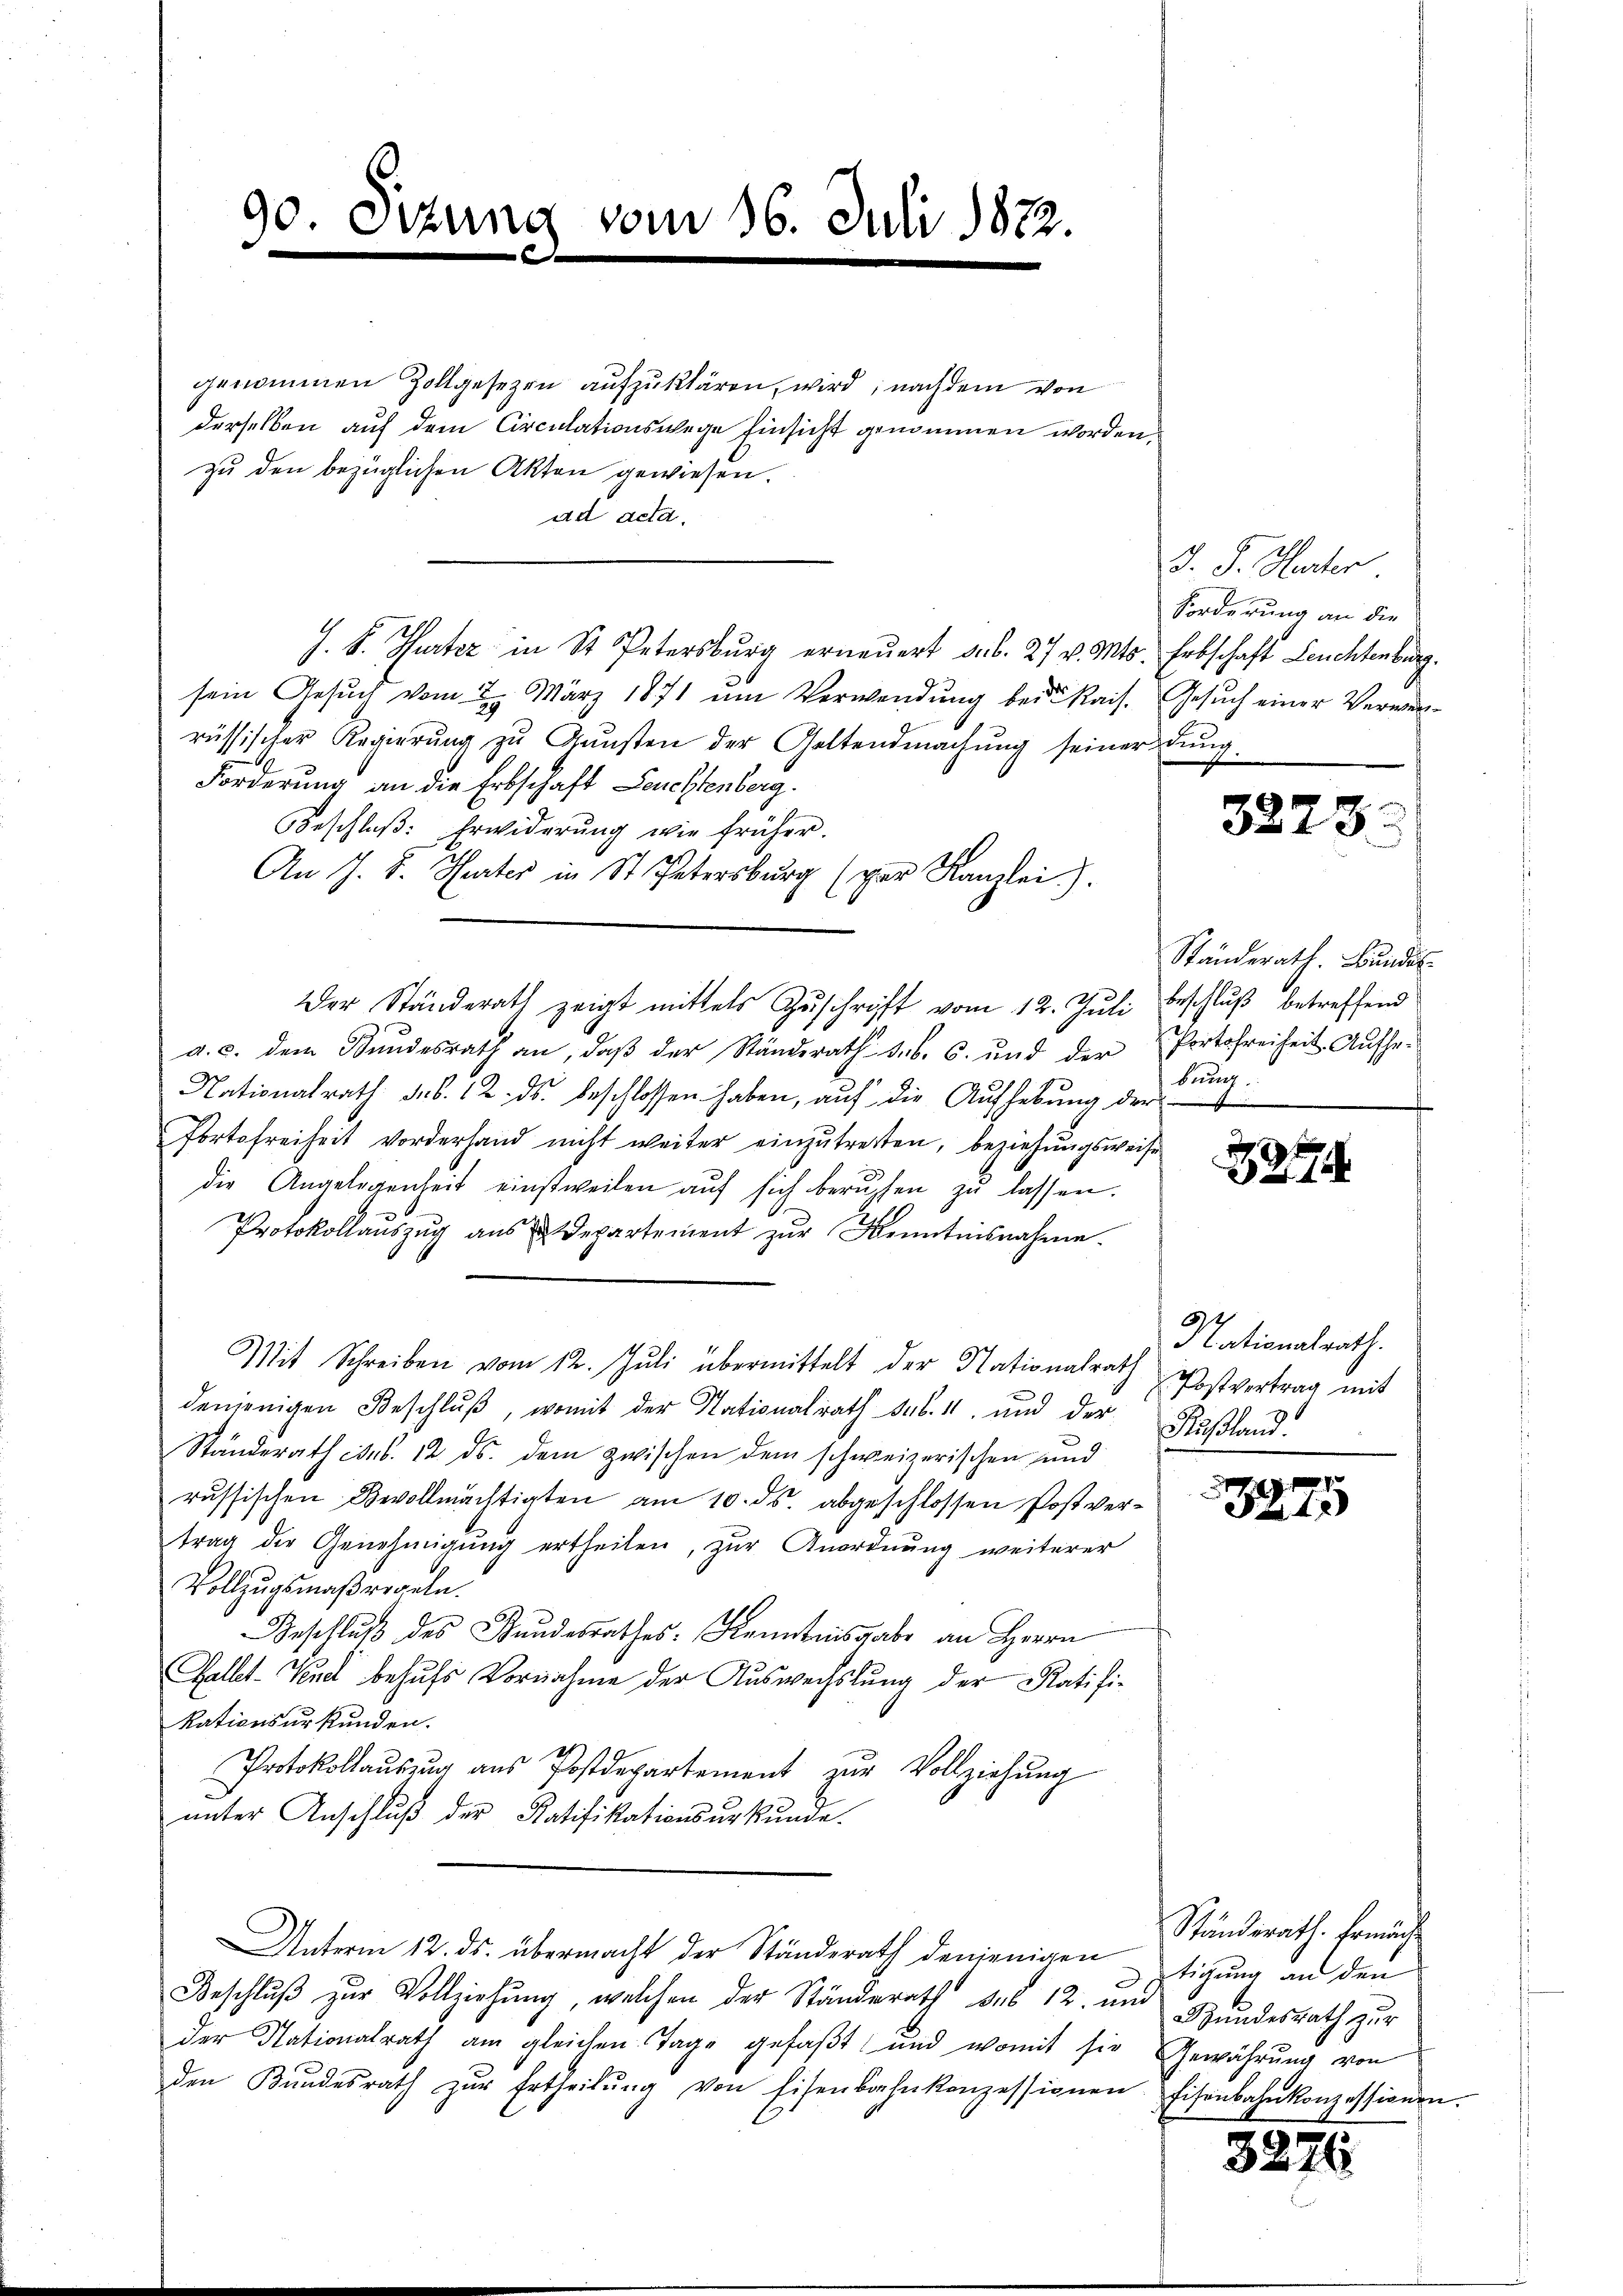
90. Sitzung
1

vom 16. Juli 1872

genommen Zollgesezen aufzuklären, wird, nachdem von
derselben auf dem Circulationswege Einsicht genommen worden,
zu den bezüglichen Akten gewiesen.
ad acta.
J. F. Hurter in St. Petersburg erneuert sub. 27 v. Mts.
sein Gesuch vom 2. März 1871 um Verwendung bei Kais.
rüssischer Regierŭng zŭ Gŭnsten der Geltendmachŭng seiner
Forderung an die Erbschaft Leuchtenberg.
Beschluß: Erwiderung wie früher.
An J. J. Hurter in St. Petersburg (par Kanzlei.).
a. c. dem Bundesrath an, daβ der Ständerath sub. 6. und der
Nationalrath des 12. ds. beschlossen haben, auf die Aufhebung der
Portofreiheit vorderhand nicht weiter einzŭtretten, beziehungsweise
die Angelegenheit einstweilen auf sich beruhen zu lassen.
Protokollaŭszŭg aŭs u Departement zŭr Kenntnisnahme.
Mit Schreiben vom 12. Jŭli übermittelt der Nationalrath Postvertrag mit
denjenigen Beschlŭβ, womit der Nationalrath sub. 1 und der
Ständerath corb. 12. ds. dem zwischen dem schweizerischen und
russischen Bevollmächtigten am 10. ds. abgeschlossen Postvertrag der Genehmigung ertheilen, zur Anordnung weiterer
Vollzugsmaßregeln.
Beschlŭβ des Bundesrathes. Kenntnisgabe an Herrn
Gallt-Kind behufs Vornahme der Auswechslung der Ratifikationsurkunden.
Protokollaŭszŭg aŭs Postdepartement zŭr Vollziehŭng
unter Anschluß der Ratifikationsurkunde.
Unterm 12. ds. übermacht der Ständerath denjenigen
Beschluß zur Vollziehung, welchen der Ständerath sub 12. und Hundesrath zur
der Nationalrath am gleichen Tage gefaßt und womit sie
den Bundesrath zŭr Ertheilŭng von Eisenbahnkonzessionen

Der Ständerath zeigt mittels Zŭschrift vom 12. Juli

J. J. Hurter
Forderung an die
Erbschaft Leuchtenburg.
Gesuch einer Verwerdung.

3878.

Ständerath. Bundes
beschluß betreffend
Portofreiheit. Aufhebung
4

4

Ich
lationalrath.
Rußland.

129
4

Ständerath. Ermächt
tigung an den
Gewährung von
Eisenbahnkonzessionen.

3226.

3